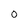
Character: O